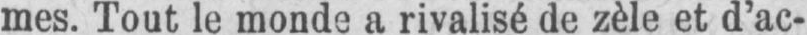
mes. Tout le monde a rivalisé de zèle et d’ac-